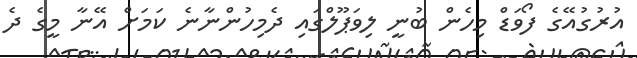
އުރުގުއޭގެ ފޯވަޑް މިހެން ބުނީ ލިވަޕޫލްގައި ދެމިހުންނާނެ ކަމަށް އޭނާ މީގެ ދެ